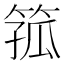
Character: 箛